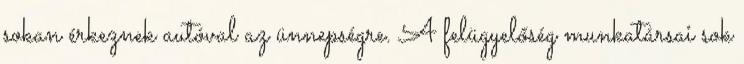
sokan érkeznek autóval az ünnepségre. A felügyelőség munkatársai sok